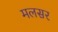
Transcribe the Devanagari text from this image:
मलसर